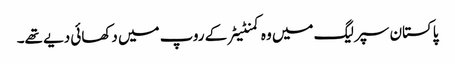
پاکستان سپر لیگ میں وہ کمنٹیٹر کے روپ میں دکھائی دیے تھے۔